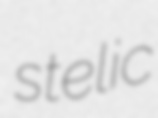
stelic